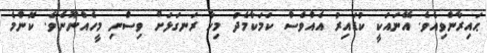
ޙައިރާންވިއެވެ. އޭނައަކީ ކުޑައިރު އެއްވެސް ކަމަކާމެދު މިހާ ރަނގަޅަށް ވިސްނި މީހެއްނޫނެވެ. ކޮންމެ